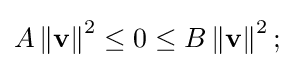
A\left\|\mathbf {v} \right\|^{2}\leq 0\leq B\left\|\mathbf {v} \right\|^{2};